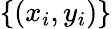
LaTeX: \{ (x_{i},y_{i})\}